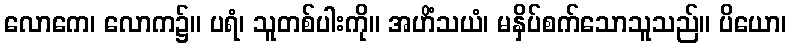
လောကေ၊ လောက၌။ ပရံ၊ သူတစ်ပါးကို။ အဟိံသယံ၊ မနှိပ်စက်သောသူသည်။ ပိယော၊